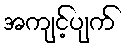
အကျင့်ပျက်